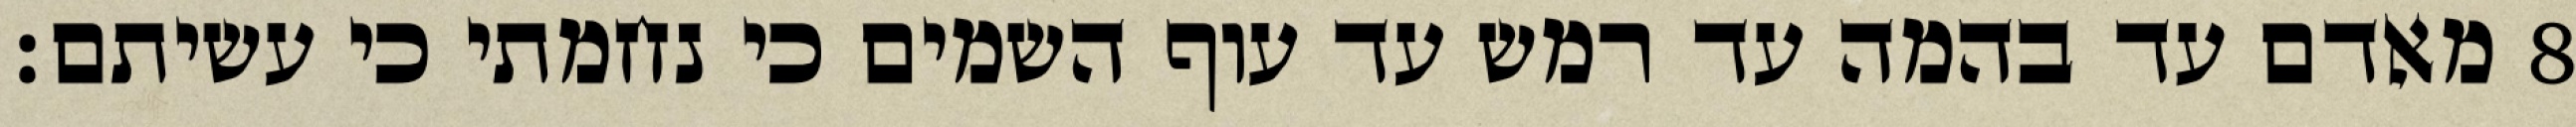
מאדם עד בהמה עד רמש עד עוף השמים כי נחמתי כי עשיתם׃ ‎8‏